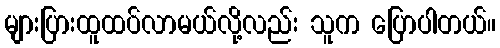
များပြားထူထပ်လာမယ်လို့လည်း သူက ပြောပါတယ်။